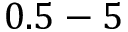
0 . 5 - 5